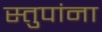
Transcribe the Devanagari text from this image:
स्तुपांना